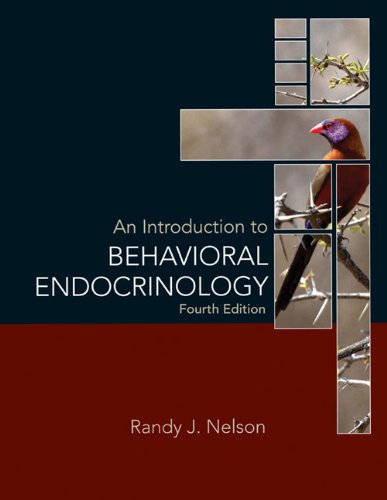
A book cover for An Introduction to Behavioral Endocrinology, Fourth Edition; Randy J. Nelson; Medical Books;